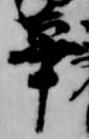
畢